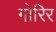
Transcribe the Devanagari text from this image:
गोरिर